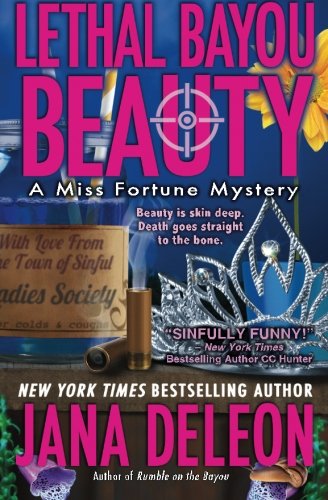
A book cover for Lethal Bayou Beauty (Miss Fortune Mystery Series) (Volume 2); Jana DeLeon; Mystery, Thriller & Suspense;